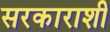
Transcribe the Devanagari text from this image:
सरकाराशी